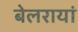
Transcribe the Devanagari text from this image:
बेलरायां